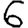
Digit: 6